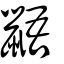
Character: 鼯